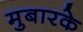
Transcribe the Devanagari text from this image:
मुबारके